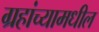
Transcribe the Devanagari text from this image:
ग्रहांच्यामधील